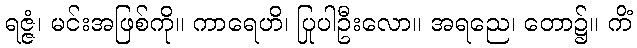
ရဇ္ဇံ၊ မင်းအဖြစ်ကို။ ကာရေဟိ၊ ပြုပါဦးလော။ အရညေ၊ တော၌။ ကိံ